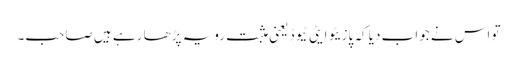
تو اس نے جواب دیا کہ پازیٹو ایٹی ٹیوڈ یعنی مثبت رویہ پڑھا رہے ہیں صاحب۔